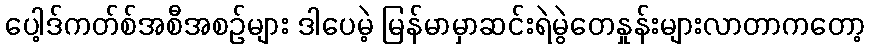
ပေါ့ဒ်ကတ်စ်အစီအစဉ်များ ဒါပေမဲ့ မြန်မာမှာဆင်းရဲမွဲတေနှုန်းများလာတာကတော့